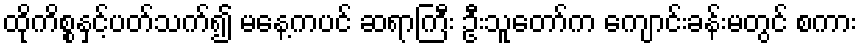
ထိုကိစ္စနှင့်ပတ်သက်၍ မနေ့ကပင် ဆရာကြီး ဦးသူတော်က ကျောင်းခန်းမတွင် စကား